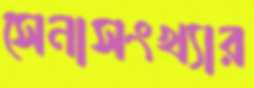
সেনাসংখ্যার